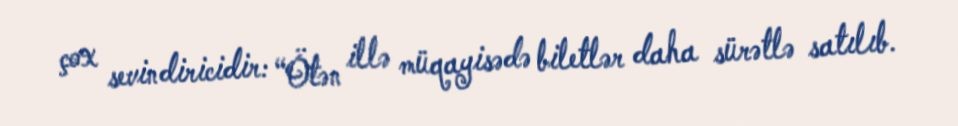
çox sevindiricidir: “Ötən illə müqayisədə biletlər daha sürətlə satılıb.